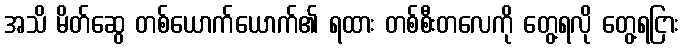
အသိ မိတ်ဆွေ တစ်ယောက်ယောက်၏ ရထား တစ်စီးတလေကို တွေ့ရလို တွေ့ရငြား